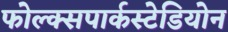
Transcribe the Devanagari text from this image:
फोल्क्सपार्कस्टेडियोन